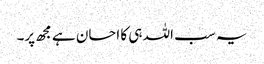
یہ سب اللہ ہی کا احسان ہے مجھ پر۔